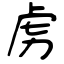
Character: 虏